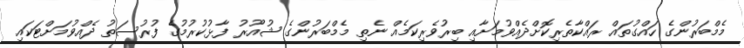
މެމްބަރުންގެ ހައްގުތައް ރައްކާތެރިކޮށްދެއްވުމަށާއި ބިރުވެރިކަމެއް ނެތި މެމްބަރުންގެ ޝުއޫރު ފާޅުކުރުމުގެ ފުރުސަތު ދެއްވުމަށްޓަކައި